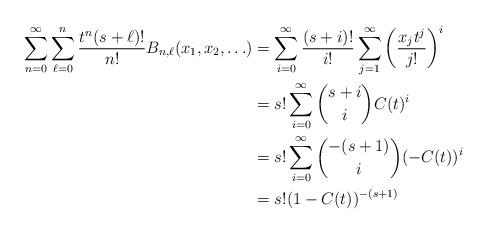
LaTeX: \begin{align*}\sum_{n=0}^\infty\sum_{\ell=0}^n \frac{t^n(s+\ell)!}{n!}B_{n, \ell}(x_1, x_2, \ldots)& = \sum_{i=0}^{\infty}\frac{(s+i)!}{i!}\sum_{j=1}^{\infty}\left(\frac{x_jt^j}{j!}\right)^i \\& = s!\sum_{i=0}^{\infty}\binom{s+i}{i}C(t)^i \\& = s!\sum_{i=0}^{\infty}\binom{-(s+1)}{i}(-C(t))^i \\& = s!(1-C(t))^{-(s+1)}\end{align*}